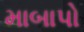
માબાપો